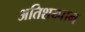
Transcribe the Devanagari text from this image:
अतिशय्पान